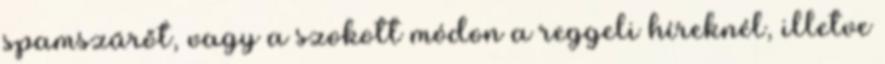
spamszűrőt, vagy a szokott módon a reggeli híreknél, illetve